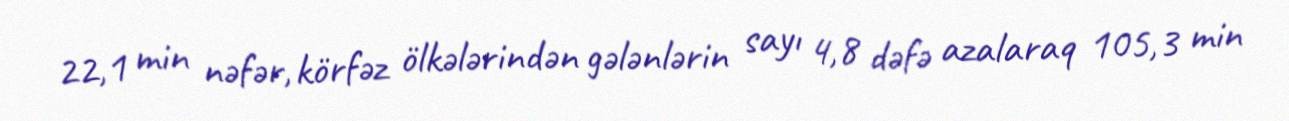
22,1 min nəfər, körfəz ölkələrindən gələnlərin sayı 4,8 dəfə azalaraq 105,3 min